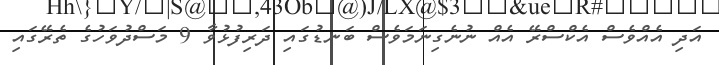
އަދި އެއްވެސް އެކްސްރޭ އެއް ނުނެގިނަމަވެސް ބަނޑުގައި ދަރިފުޅުވާ 9 މަސްދުވަހުގެ ތެރޭގައި